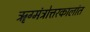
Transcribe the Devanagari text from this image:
ॠग्मंत्रोत्तरकालांत